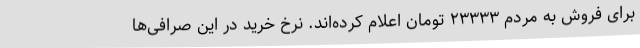
برای فروش به مردم ۲۳۳۳۳ تومان اعلام کرده‌اند. نرخ خرید در این صرافی‌ها